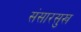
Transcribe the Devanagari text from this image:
संसारसुख